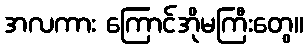
အလကား ကြောင်အိုမကြီးတွေ။